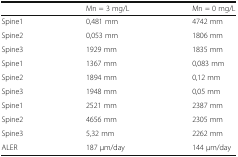
|  | Mn = 3 mg/L | Mn = 0 mg/L |
 | --- | --- | --- |
 | Spine1 | 0,481 mm | 4742 mm |
 | Spine2 | 0,053 mm | 1806 mm |
 | Spine3 | 1929 mm | 1835 mm |
 | Spine1 | 1367 mm | 0,083 mm |
 | Spine2 | 1894 mm | 0,12 mm |
 | Spine3 | 1948 mm | 0,05 mm |
 | Spine1 | 2521 mm | 2387 mm |
 | Spine2 | 4656 mm | 2305 mm |
 | Spine3 | 5,32 mm | 2262 mm |
 | ALER | 187 μm/day | 144 μm/day |